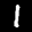
Label: 1